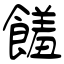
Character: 饈